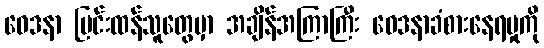
ဝေဒနာ ပြင်းထန်သူတွေမှာ အချိန်အကြာကြီး ဝေဒနာခံစားနေရမှုကို